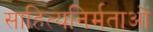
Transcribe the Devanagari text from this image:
साहित्यनिर्मताओं